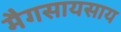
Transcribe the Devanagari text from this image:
मैगसायसाय